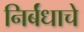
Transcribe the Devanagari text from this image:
निर्बंधाचे